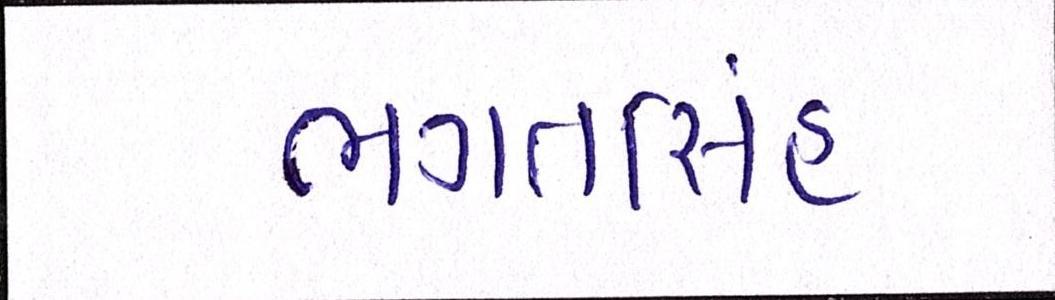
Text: ભગતસિંહ